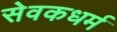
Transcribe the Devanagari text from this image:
सेवकधर्म